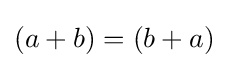
(a+b)=(b+a)